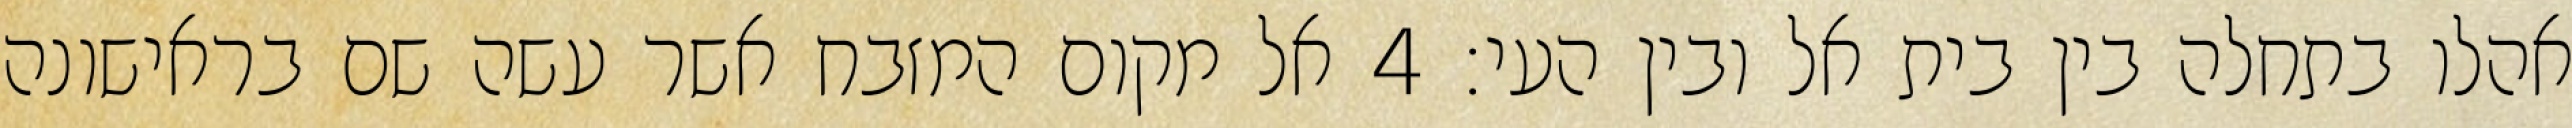
אהלו בתחלה בין בית אל ובין העי׃ ‎4‏ אל מקום המזבח אשר עשה שם בראישונה